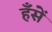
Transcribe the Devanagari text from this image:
हँसें